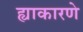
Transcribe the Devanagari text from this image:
ह्याकारणे